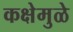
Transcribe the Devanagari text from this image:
कक्षेमुळे